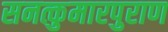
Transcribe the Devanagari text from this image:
सनत्कुमारपुराण